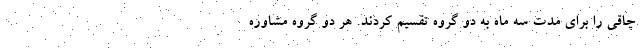
چاقی را برای مدت سه ماه به دو گروه تقسیم کردند. هر دو گروه مشاوره